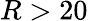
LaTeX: R>20